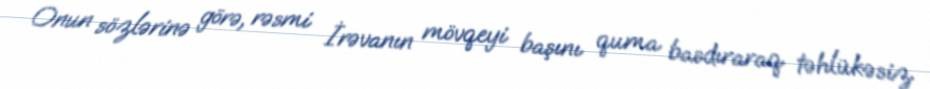
Onun sözlərinə görə, rəsmi İrəvanın mövqeyi başını quma basdıraraq təhlükəsiz